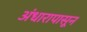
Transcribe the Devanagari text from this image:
अंधारापासून